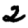
Digit: 2